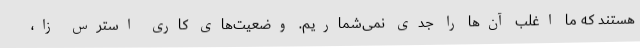
هستند که ما اغلب آن‌ها را جدی نمی‌شماریم. وضعیت‌های کاری استرس زا،